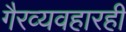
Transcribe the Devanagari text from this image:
गैरव्यवहारही